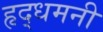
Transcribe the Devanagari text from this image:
हृद्‌धमनी